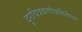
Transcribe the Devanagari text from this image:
दूरचित्रवाणीवाहिनीच्या